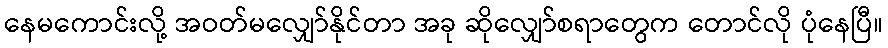
နေမကောင်းလို့ အဝတ်မလျှော်နိုင်တာ အခု ဆိုလျှော်စရာတွေက တောင်လို ပုံနေပြီ။